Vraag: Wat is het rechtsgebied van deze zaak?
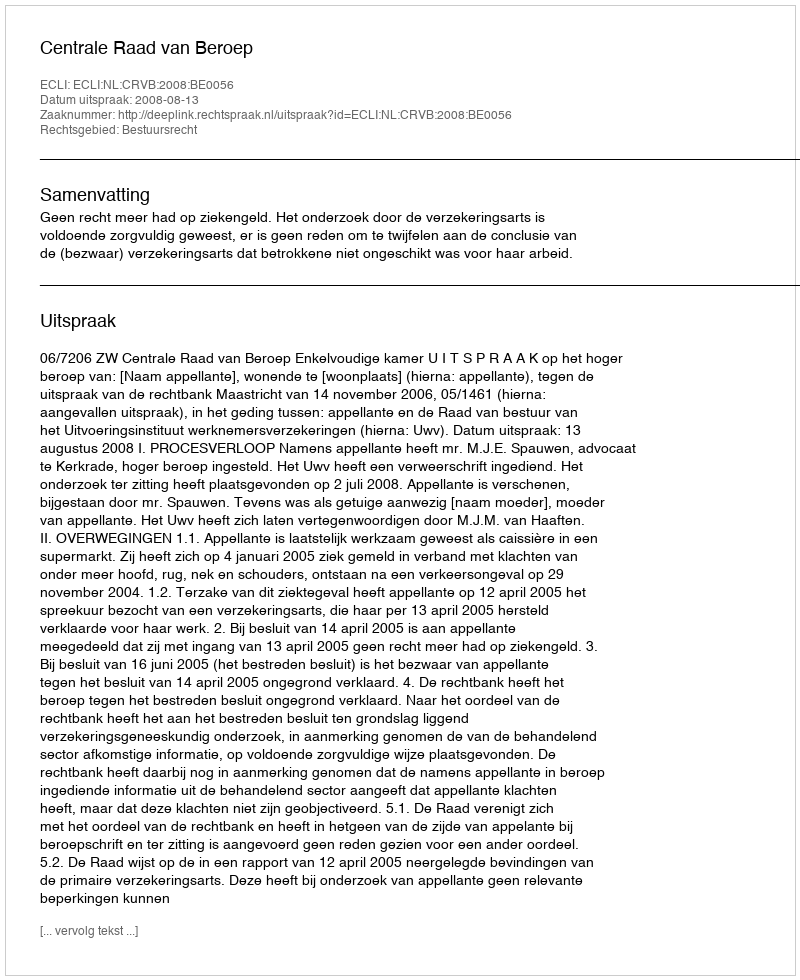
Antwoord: Bestuursrecht